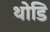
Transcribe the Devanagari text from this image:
थोडि